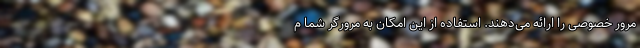
مرور خصوصی را ارائه می‌دهند. استفاده از این امکان به مرورگر شما م